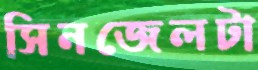
সিনজেলটা